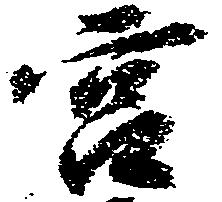
宮